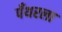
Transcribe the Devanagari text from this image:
पँथरला